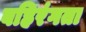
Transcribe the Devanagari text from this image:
बहिरंगता